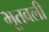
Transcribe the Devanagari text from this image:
भूतबली